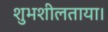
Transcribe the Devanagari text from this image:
शुभशीलताया।